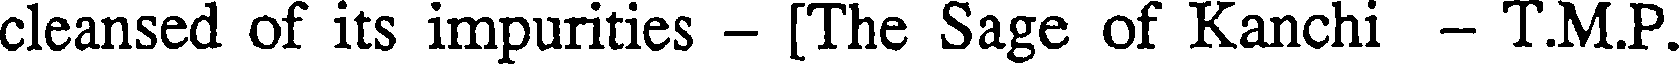
cleansed of its impurities - [The Sage of Kanchi - T.M.P.